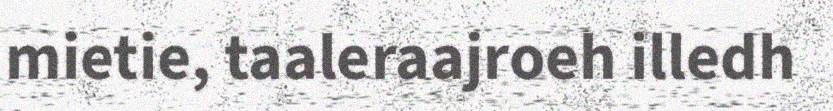
mietie, taaleraajroeh illedh